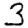
Digit: 3